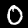
Label: 0